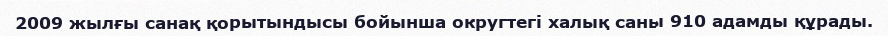
2009 жылғы санақ қорытындысы бойынша округтегі халық саны 910 адамды құрады.